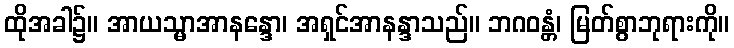
ထိုအခါ၌။ အာယသ္မာအာနန္ဒော၊ အရှင်အာနန္ဒာသည်။ ဘဂဝန္တံ၊ မြတ်စွာဘုရားကို။